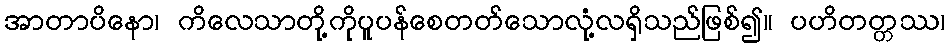
အာတာပိနော၊ ကိလေသာတို့ကိုပူပန်စေတတ်သောလုံ့လရှိသည်ဖြစ်၍။ ပဟိတတ္တဿ၊